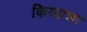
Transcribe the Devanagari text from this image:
किया।छः